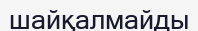
шайқалмайды